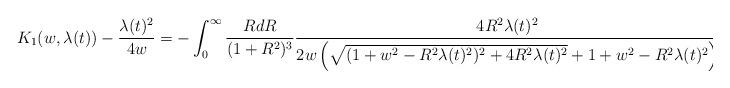
LaTeX: \begin{align*} K_{1}(w,\lambda(t))-\frac{\lambda(t)^{2}}{4 w} = -\int_{0}^{\infty} \frac{R dR}{(1+R^{2})^{3}} \frac{4 R^{2}\lambda(t)^{2}}{2w\left(\sqrt{(1+w^{2}-R^{2}\lambda(t)^{2})^{2}+4R^{2}\lambda(t)^{2}}+1+w^{2}-R^{2}\lambda(t)^{2}\right)}\end{align*}